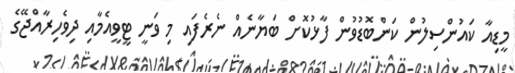
މީޑިއާ ކައުންސިލުން ކަންބޮޑުވުން ފާޅުކޮށް ބަޔާނެއް ނެރެފައި މި ވަނީ ޓީވީއެމާއި ދިވެހިރާއްޖޭގެ